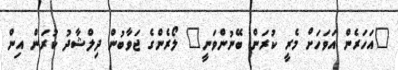
"އަހަރެން އަވަހަށް މެރީ ކުރަން ބޭނުންވަނީ" ލޯރެންގެ ޖަވާބުން ދިލްޝާދު ކުރަން އިން